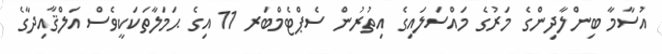
އުސާމާ ބިންލާދިންގެ މަރުގެ މައްސަލައިގެ އިތުރުން ސެޕްޓެމްބަރ 11 އިގެ ޙަމަލާތަކަކީވެސް އަލްޤާއިދާގެ